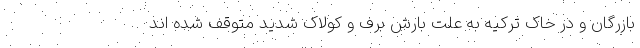
بازرگان و در خاک ترکیه به علت بارش برف و کولاک شدید متوقف شده اند